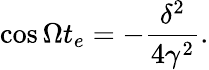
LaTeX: \cos\Omega t_{e}=-\frac{\delta^{2}}{4\gamma^{2}}.